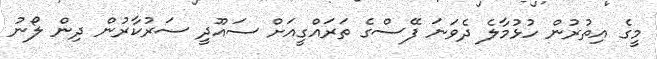
މީގެ އިތުރުން ހުޅުމާލެ ދެވަނަ ފޭސްގެ ތަރައްގީއަށް ސައޫދީ ސަރުކާރުން ދިން ލޯނު